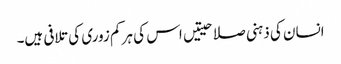
انسان کی ذہنی صلاحیتیں اس کی ہر کم زوری کی تلافی ہیں۔